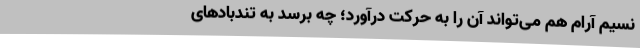
نسیم آرام هم می‌تواند آن را به حرکت درآورد؛ چه برسد به تندبادهای